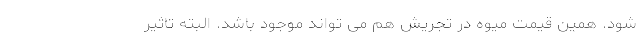
شود. همین قیمت میوه در تجریش هم می تواند موجود باشد. البته تاثیر